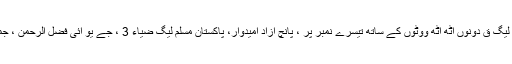
تحریک انصاف 30 نشستوں کے ساتھ دوسرے نمبر پر ہے، پیپلز پارٹی اور مسلم لیگ ق دونوں آٹھ آٹھ ووٹوں کے ساتھ تیسرے نمبر پر ، پانچ آزاد امیدوار، پاکستان مسلم لیگ ضیاء 3 ، جے یو آئی فضل الرحمن ، جماعت اسلامی ، نیشنل عوامی پارٹی، نیشنل مسلم لیگ ایک ایک نشست رکھتی ہیں۔